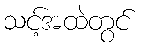
သင့်အထဲတွင်